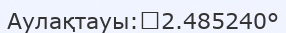
Аулақтауы:	2.485240°